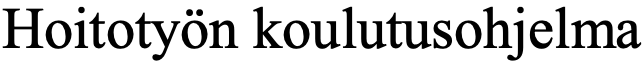
Hoitotyön koulutusohjelma